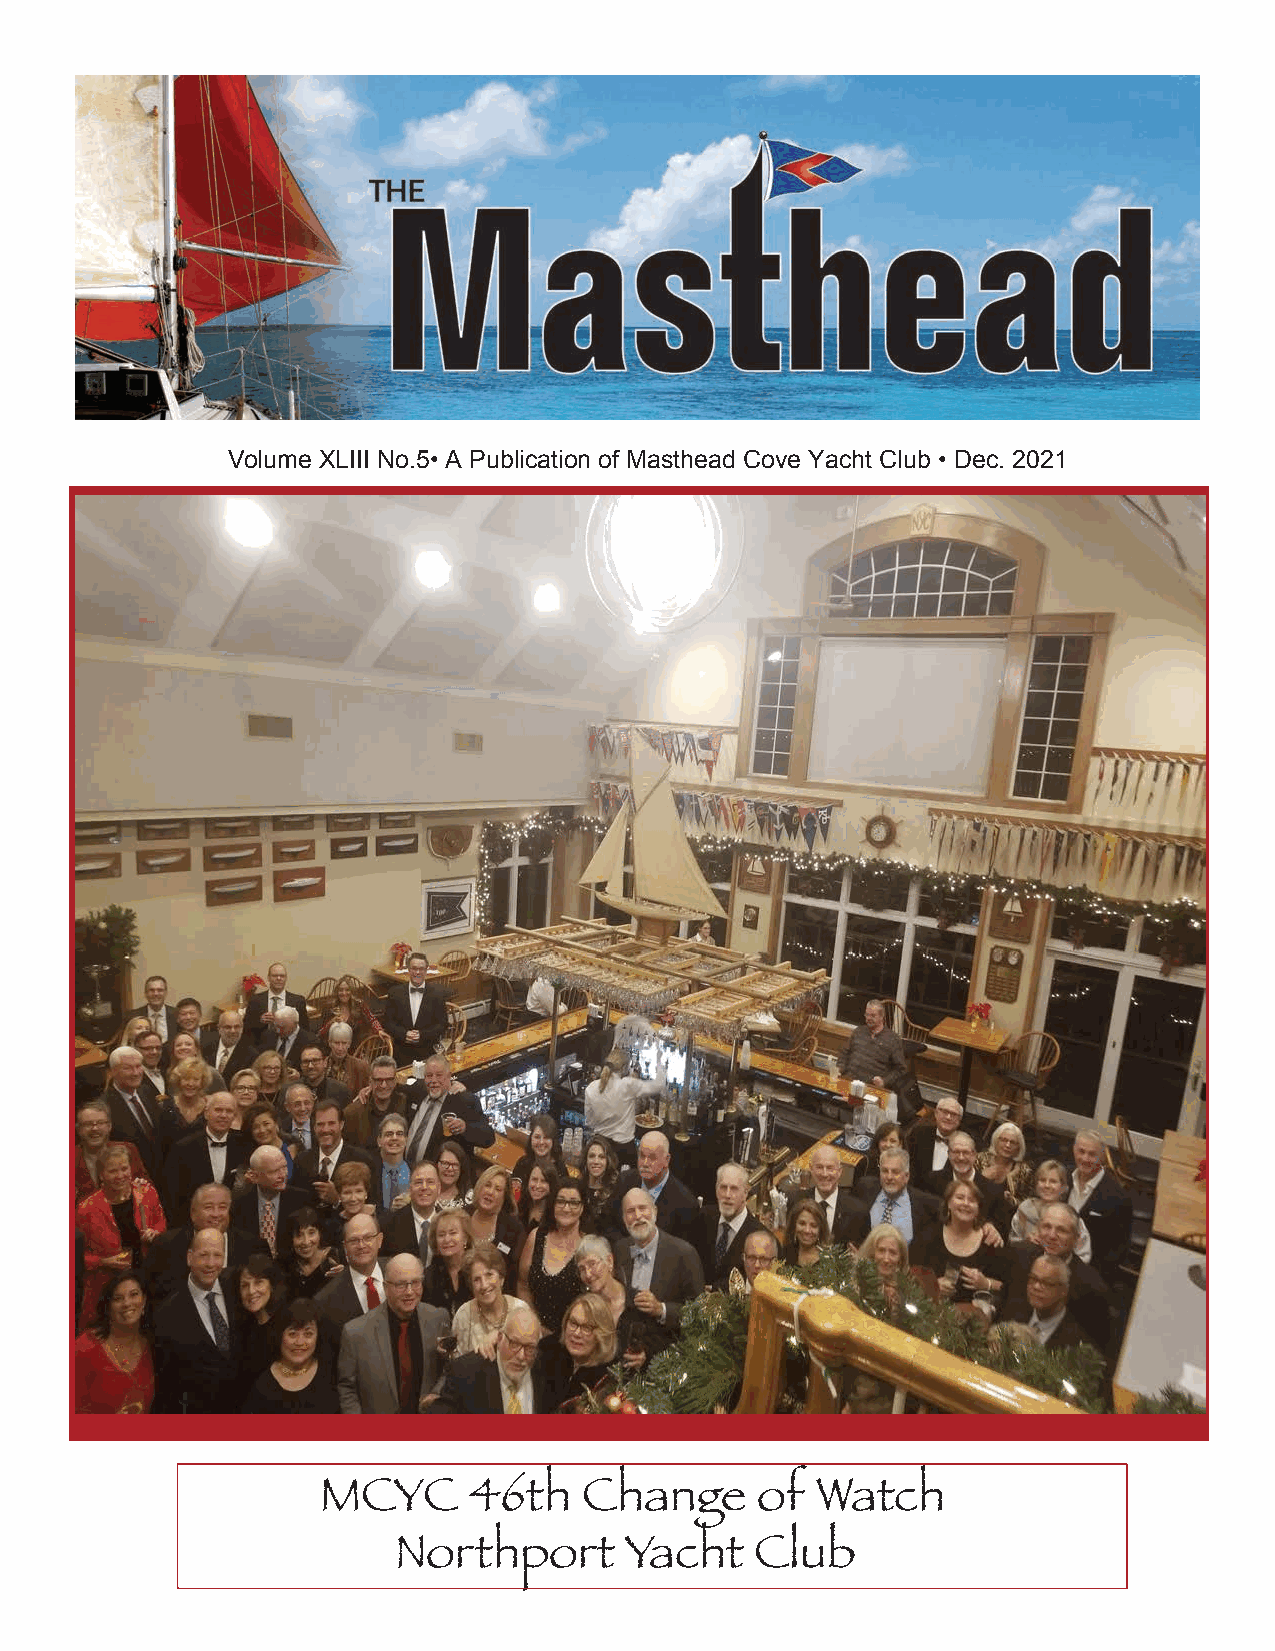
Volume XLIII No.5• A Publication of Masthead Cove Yacht Club • Dec. 2021
 MCYC      46th    Change     of  Watch
 Northport      Yacht    Club